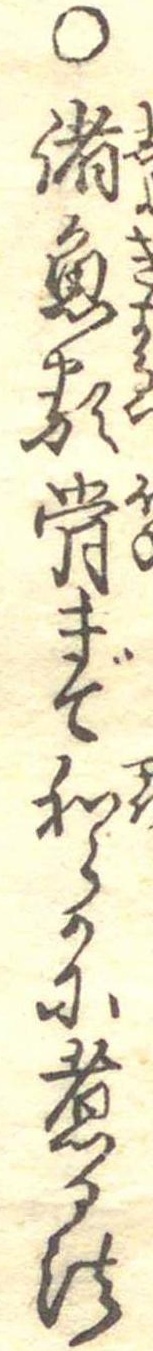
○諸魚類骨まで和らかに煮る法